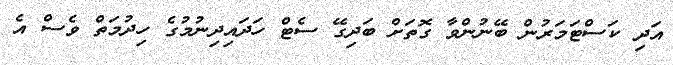
އަދި ކަސްޓަމަރުން ބޭނުންވާ ގޮތަށް ބަދިގޭ ސެޓް ހަދައިދިނުމުގެ ހިދުމަތް ވެސް އެ